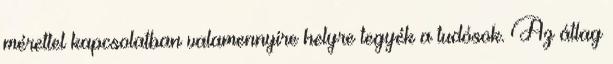
mérettel kapcsolatban valamennyire helyre tegyék a tudósok. Az átlag